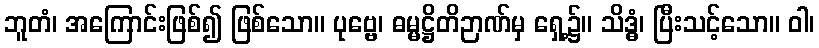
ဘူတံ၊ အကြောင်းဖြစ်၍ ဖြစ်သော။ ပုဗ္ဗေ၊ ဓမ္မဋ္ဌိတိဉာဏ်မှ ရှေ့၌။ သိဒ္ဓံ၊ ပြီးသင့်သော။ ဝါ၊